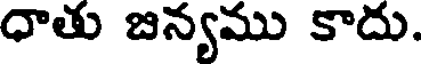
ధాతు జన్యము కాదు.